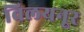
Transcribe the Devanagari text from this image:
विलयनूर